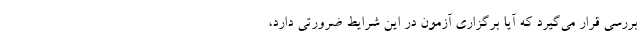
بررسی قرار می‌گیرد که آیا برگزاری آزمون در این شرایط ضرورتی دارد،